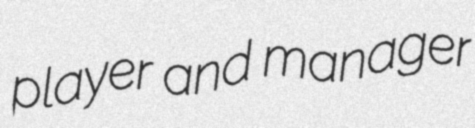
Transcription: player and manager